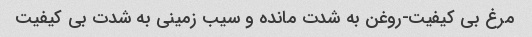
مرغ بی کیفیت-روغن به شدت مانده و سیب زمینی به شدت بی کیفیت